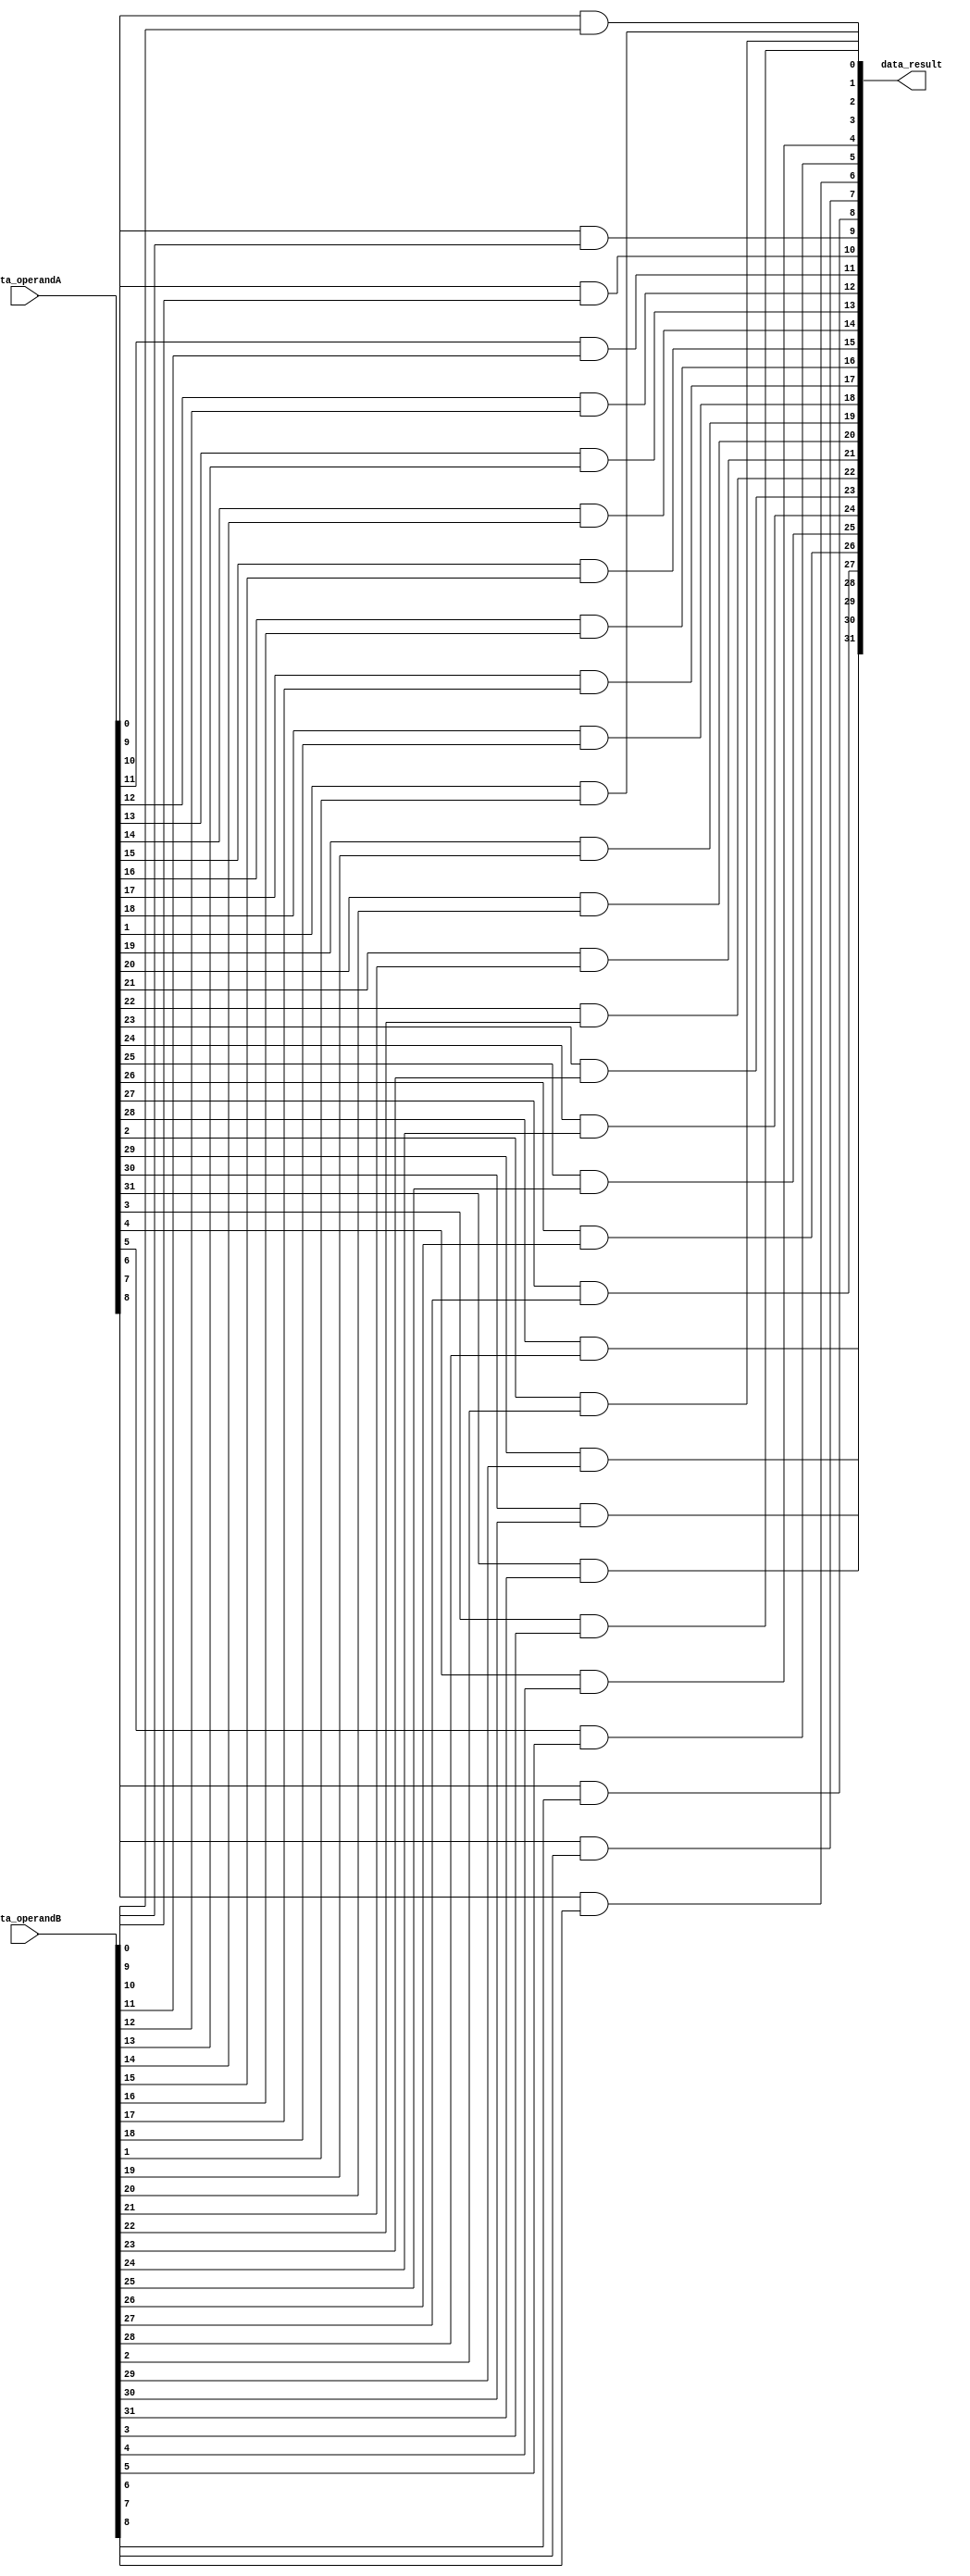
module and_32(data_operandA, data_operandB, data_result);
	//this module will return the and result of A and B
	input [31:0] data_operandA, data_operandB;
	
	output [31:0] data_result;
	
	//create 32 and gates
	genvar i;
	generate	
		for(i=0;i<32;i=i+1) begin: andGate
				and and_gate(data_result[i], data_operandA[i], data_operandB[i]);
		end
	endgenerate
	
endmodule